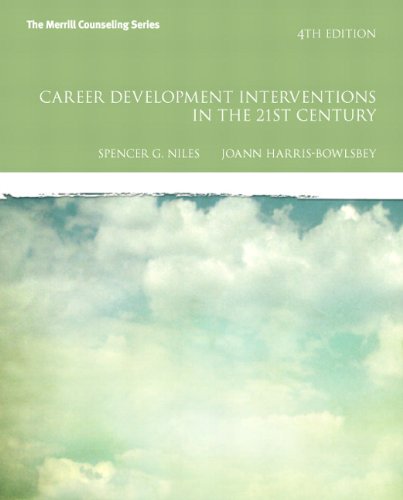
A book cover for Career Development Interventions in the 21st Century, 4th Edition (Interventions that Work); Spencer G. Niles; Education & Teaching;